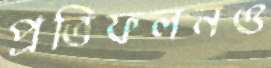
প্রতিফলনও